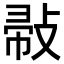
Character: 𢽪